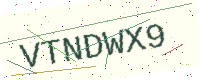
Text: VTNDWX9